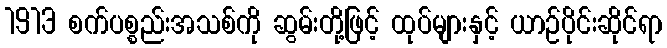
1913 စက်ပစ္စည်းအသစ်ကို ဆွမ်းတို့ဖြင့် ထုပ်များနှင့် ယာဉ်ပိုင်းဆိုင်ရာ